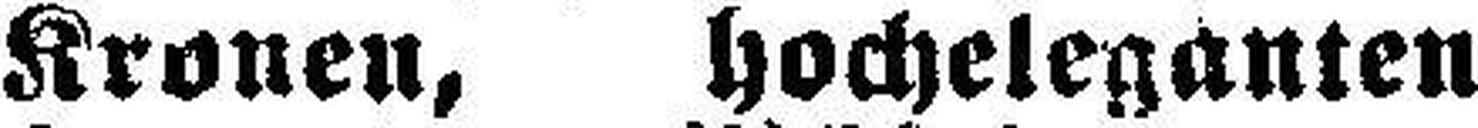
Kronen, hocheleganten